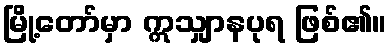
မြို့တော်မှာ ဣသျှာနပုရ ဖြစ်၏။